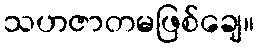
သဟဇာတမဖြစ်ချေ။